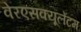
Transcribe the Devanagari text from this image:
वेरएसक्यूलेंटम